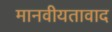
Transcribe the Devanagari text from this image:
मानवीयतावाद